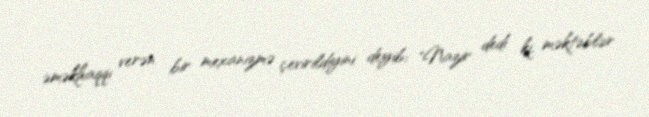
əməkhaqqı verən bir mexanizmə çevirildiyini deyib: "Nazir dedi ki, məktəblər